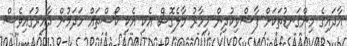
އާދައިގެ މިންގަނޑުތަކަށް ފާސްވިކުދިން މިހާރު މާލެގޮސް އެކި އެކި ކޯސްތައް ހަދަމުން ދާއިރުގައިވެސް